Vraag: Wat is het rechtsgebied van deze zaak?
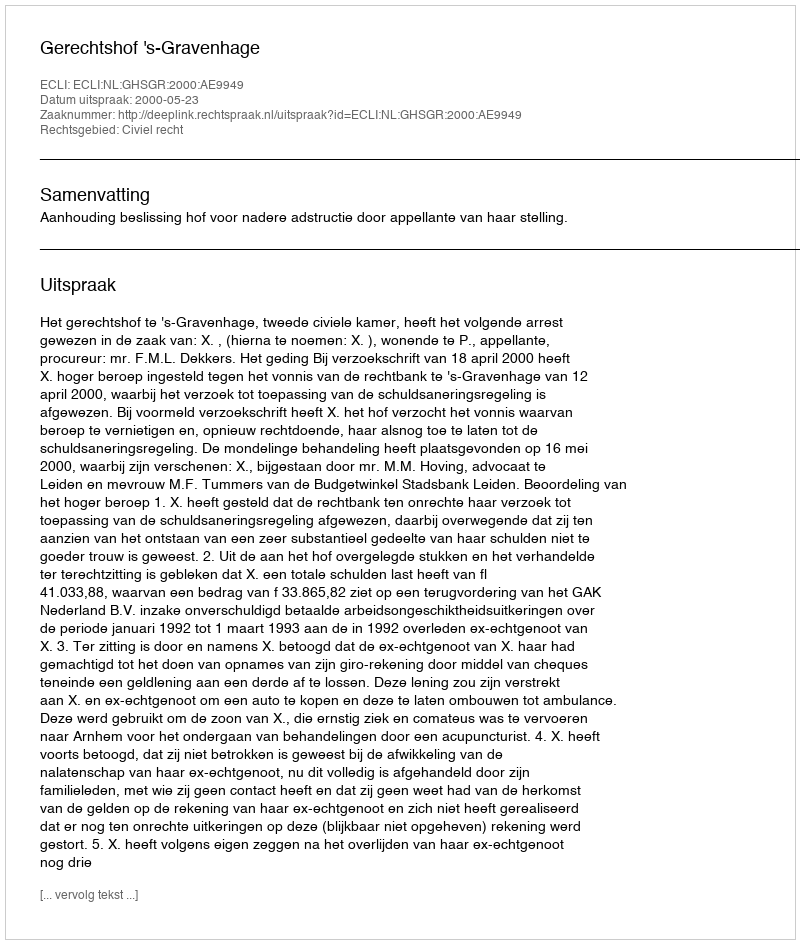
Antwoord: Civiel recht